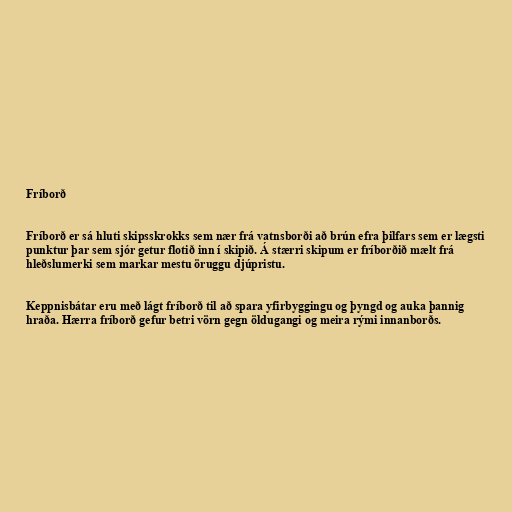
Fríborð

Fríborð er sá hluti skipsskrokks sem nær frá vatnsborði að brún efra þilfars sem er lægsti
punktur þar sem sjór getur flotið inn í skipið. Á stærri skipum er fríborðið mælt frá
hleðslumerki sem markar mestu öruggu djúpristu.

Keppnisbátar eru með lágt fríborð til að spara yfirbyggingu og þyngd og auka þannig
hraða. Hærra fríborð gefur betri vörn gegn öldugangi og meira rými innanborðs.